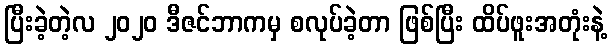
ပြီးခဲ့တဲ့လ ၂၀၂၀ ဒီဇင်ဘာကမှ စလုပ်ခဲ့တာ ဖြစ်ပြီး ထိပ်ဖူးအတုံးနဲ့